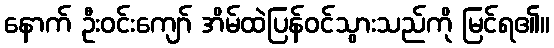
နောက် ဦးဝင်းကျော် အိမ်ထဲပြန်ဝင်သွားသည်ကို မြင်ရ၏။